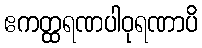
ဧကတ္ထရဏပါဝုရဏာပိ